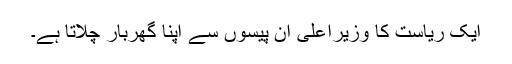
ایک ریاست کا وزیراعلیٰ ان پیسوں سے اپنا گھربار چلاتا ہے۔